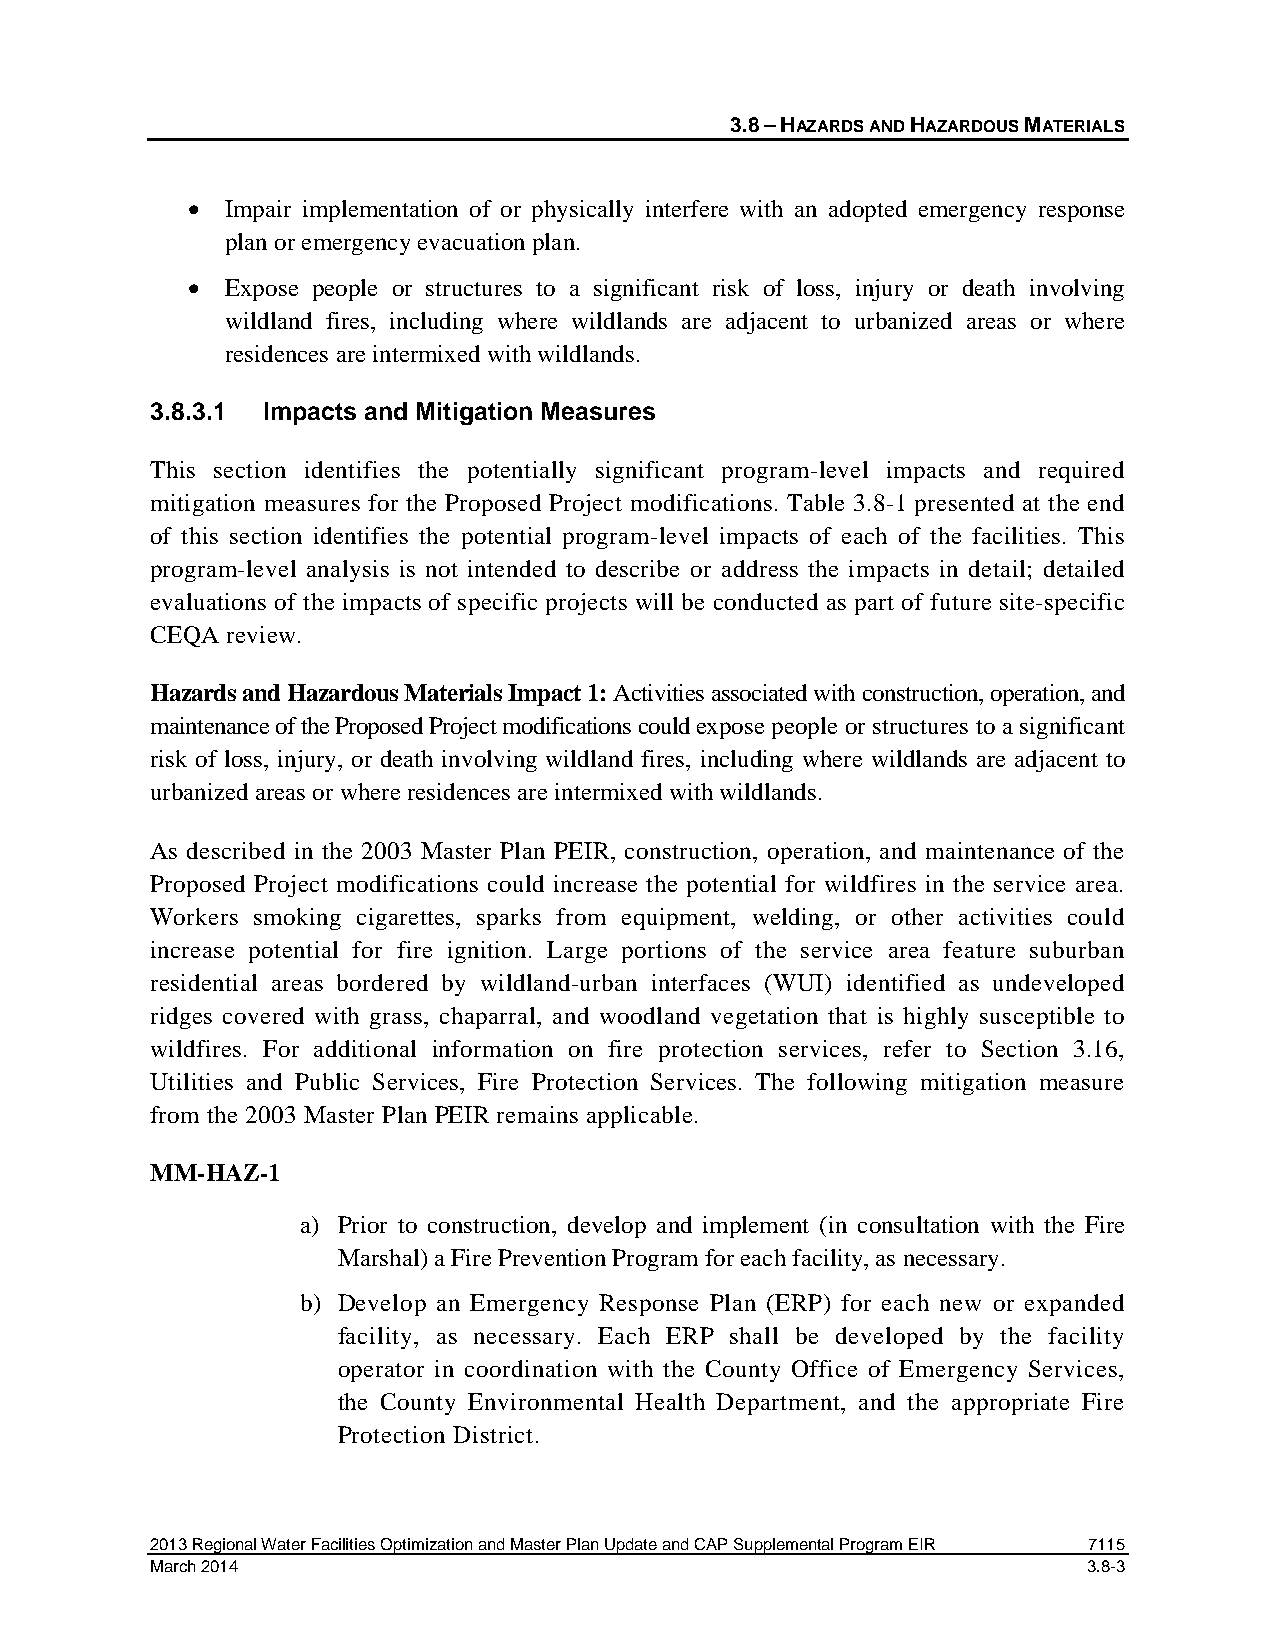
3.8 – HAZARDS AND HAZARDOUS MATERIALS
 •  Impair implementation of or physically interfere with an adopted emergency response
 plan or emergency evacuation plan.
 •  Expose people or structures to a significant risk of loss, injury or death involving
 wildland fires, including where wildlands are adjacent to urbanized areas or where
 residences are intermixed with wildlands.
 3.8.3.1 Impacts and Mitigation Measures
 This section identifies the potentially significant program-level impacts and required
 mitigation measures for the Proposed Project modifications. Table 3.8-1 presented at the end
 of this section identifies the potential program-level impacts of each of the facilities. This
 program-level analysis is not intended to describe or address the impacts in detail; detailed
 evaluations of the impacts of specific projects will be conducted as part of future site-specific
 CEQA review.
 Hazards and Hazardous Materials Impact 1: Activities associated with construction, operation, and
 maintenance of the Proposed Project modifications could expose people or structures to a significant
 risk of loss, injury, or death involving wildland fires, including where wildlands are adjacent to
 urbanized areas or where residences are intermixed with wildlands.
 As described in the 2003 Master Plan PEIR, construction, operation, and maintenance of the
 Proposed Project modifications could increase the potential for wildfires in the service area.
 Workers smoking cigarettes, sparks from equipment, welding, or other activities could
 increase potential for fire ignition. Large portions of the service area feature suburban
 residential areas bordered by wildland-urban interfaces (WUI) identified as undeveloped
 ridges covered with grass, chaparral, and woodland vegetation that is highly susceptible to
 wildfires. For additional information on fire protection services, refer to Section 3.16,
 Utilities and Public Services, Fire Protection Services. The following mitigation measure
 from the 2003 Master Plan PEIR remains applicable.
 MM-HAZ-1
 a) Prior to construction, develop and implement (in consultation with the Fire
 Marshal) a Fire Prevention Program for each facility, as necessary.
 b) Develop an Emergency Response Plan (ERP) for each new or expanded
 facility, as necessary. Each ERP shall be developed by the facility
 operator in coordination with the County Office of Emergency Services,
 the County Environmental Health Department, and the appropriate Fire
 Protection District.
 2013 Regional Water Facilities Optimization and Master Plan Update and CAP Supplemental Program EIR 7115
 March 2014                                                    3.8-3